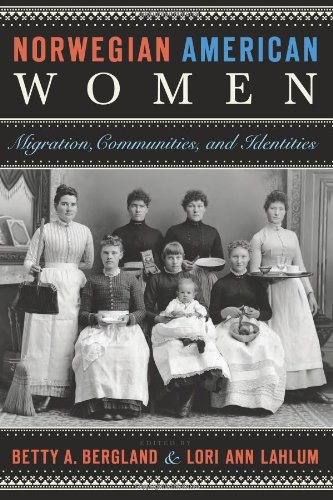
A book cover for Norwegian American Women: Migration, Communities, and Identities; History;